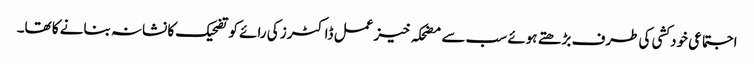
اجتماعی خودکشی کی طرف بڑھتے ہوئے سب سے مضحکہ خیز عمل ڈاکٹرز کی رائے کو تضحیک کا نشانہ بنانے کا تھا۔